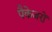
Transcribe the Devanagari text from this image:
पैकेजरों